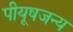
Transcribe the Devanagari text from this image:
पीयूषजन्य